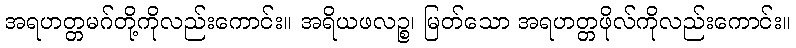
အရဟတ္တမဂ်တို့ကိုလည်းကောင်း။ အရိယဖလဉ္စ၊ မြတ်သော အရဟတ္တဖိုလ်ကိုလည်းကောင်း။